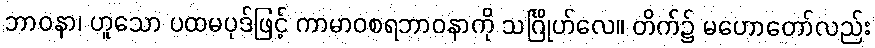
ဘာဝနာ၊ ဟူသော ပထမပုဒ်ဖြင့် ကာမာဝစရဘာဝနာကို သင်္ဂြိုဟ်လေ။ တိက်၌ မဟောတော်လည်း